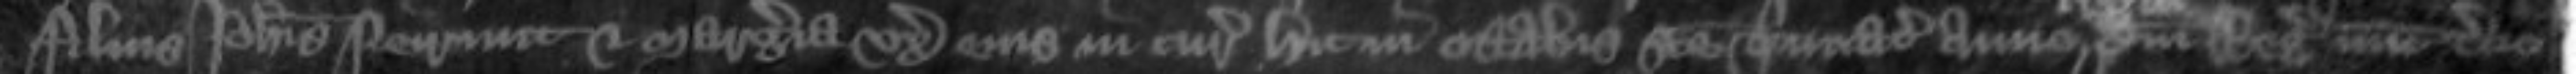
filius Johannis Neirnut et Margeria uxor eius in curia hic in octabis Sancte Trinitatis anno domini regis nunc tercio